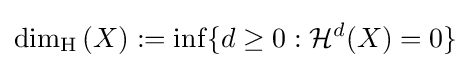
\dim _{\operatorname {H} }{(X)}:=\inf\{d\geq 0:{\mathcal {H}}^{d}(X)=0\}